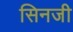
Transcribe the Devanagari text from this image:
सिनजी